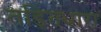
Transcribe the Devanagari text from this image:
तड़ितधारा